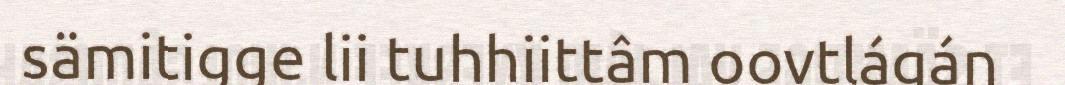
sämitigge lii tuhhiittâm oovtlágán